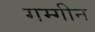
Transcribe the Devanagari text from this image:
गम्गीन